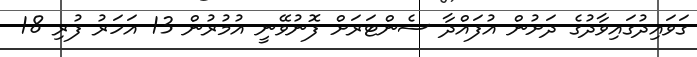
ގަވައިދުގައިވާދުގެ ދަށުން އުފައްދާ ސެންޓަރަށް ފޮނުވޭނީ އުމުރުން 13 އަހަރު ފުރި 18